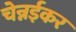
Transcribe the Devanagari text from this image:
चेन्नईकर